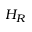
H _ { R }